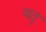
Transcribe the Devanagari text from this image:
यदृ